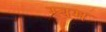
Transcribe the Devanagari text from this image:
स्वम